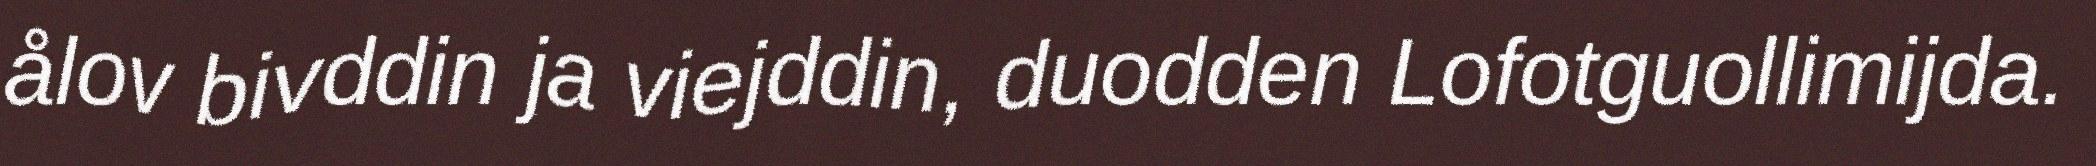
ålov bivddin ja viejddin, duodden Lofotguollimijda.